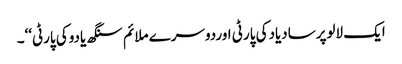
ایک لالوپرسادیادکی پارٹی اوردوسرے ملائم سنگھ یادوکی پارٹی‘‘۔